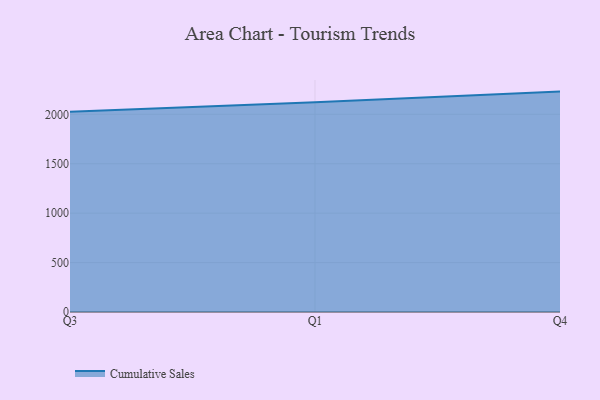
{"axis": {"x": "Quarter", "y": "Website Visitors"}, "legend": ["Cumulative Sales"], "data": [{"x": "Q3", "y": 2024.9, "type": "Cumulative Sales"}, {"x": "Q1", "y": 2121.0, "type": "Cumulative Sales"}, {"x": "Q4", "y": 2229.9, "type": "Cumulative Sales"}]}